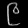
Digit: ၉